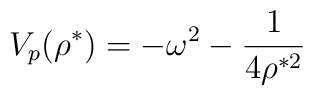
V_p(\rho^*)=-\omega^2 -\frac{1}{4\rho^{*2}}